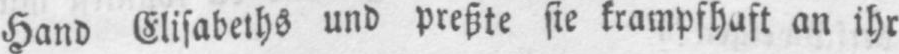
Hand Elisabeths und preßte sie krampfhaft an ihr